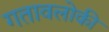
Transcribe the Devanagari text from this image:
गतावलोकी